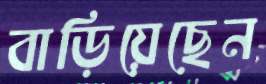
বাড়িয়েছেন